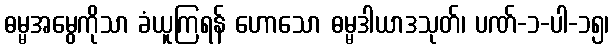
ဓမ္မအမွေကိုသာ ခံယူကြရန် ဟောသော ဓမ္မဒါယာဒသုတ်၊ ပဏ်-၁-ပါ-၁၅၊